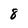
Character: 8